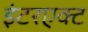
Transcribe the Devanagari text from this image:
इंटरएक्ट